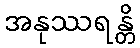
အနုဿရန္တိ